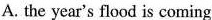
A. the year's flood is coming